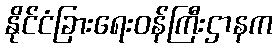
နိုင်ငံခြားရေးဝန်ကြီးဌာနက